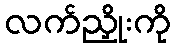
လက်ညှိုးကို